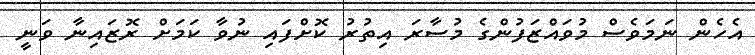
އެހެން ނަމަވެސް މުވައްޒަފުންގެ މުސާރަ އިތުރު ކޮށްފައި ނުވާ ކަމަށް ރޮޒައިނާ ވަނީ